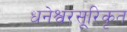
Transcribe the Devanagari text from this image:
धनेश्वरसूरिकृत